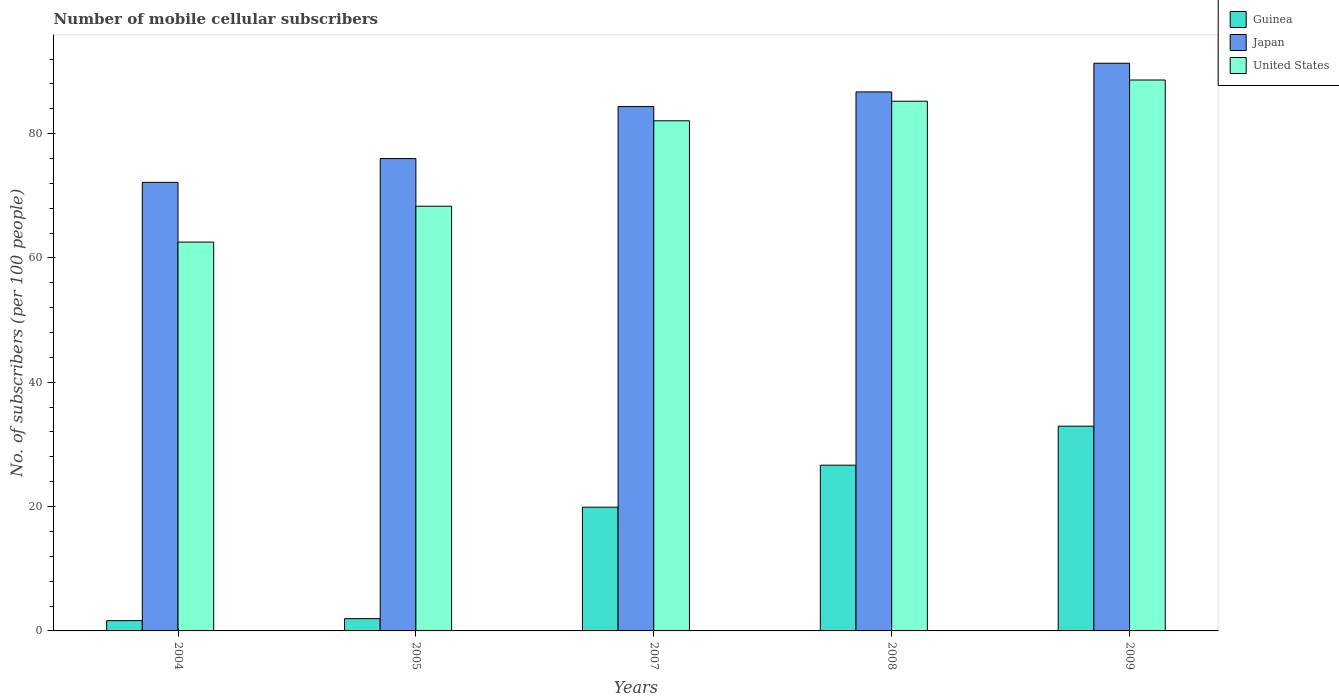
| Years | Guinea | Japan | United States |
 | --- | --- | --- | --- |
 | 2004 | 1.65 | 72.2 | 62.5 |
 | 2005 | 1.97 | 76 | 68.3 |
 | 2007 | 19.9 | 84.4 | 82.1 |
 | 2008 | 26.7 | 86.7 | 85.2 |
 | 2009 | 32.9 | 91.3 | 88.6 |